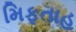
મિફતાહ